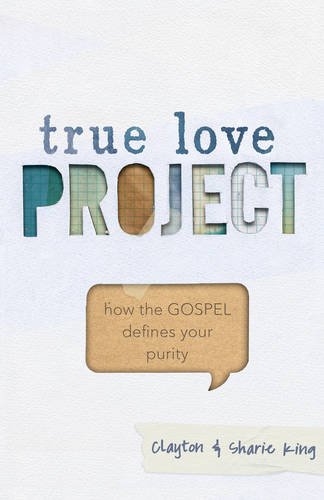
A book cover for True Love Project: How the Gospel Defines Your Purity; Clayton King; Teen & Young Adult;